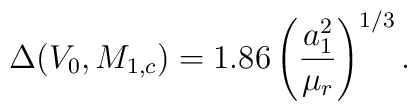
\Delta ( V_0 , M_{1,c} ) =            1.86 \left ( {{a_1^2} \over {\mu_r}} \right ) ^{1/3}.